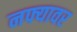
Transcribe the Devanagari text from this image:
नफ्यावर